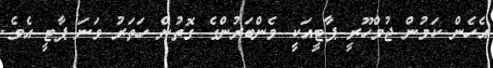
އެހެން ކަމުން ޖުމްހޫރީ ޕާޓީއަކީ މެންބަރުންގެ ގޮތުން ހަތަރު ވަނަ ޕާޓީ އެވެ.